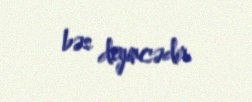
bəs deyincədir.